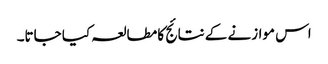
اس موازنے کے نتائج کا مطالعہ کیا جاتا۔